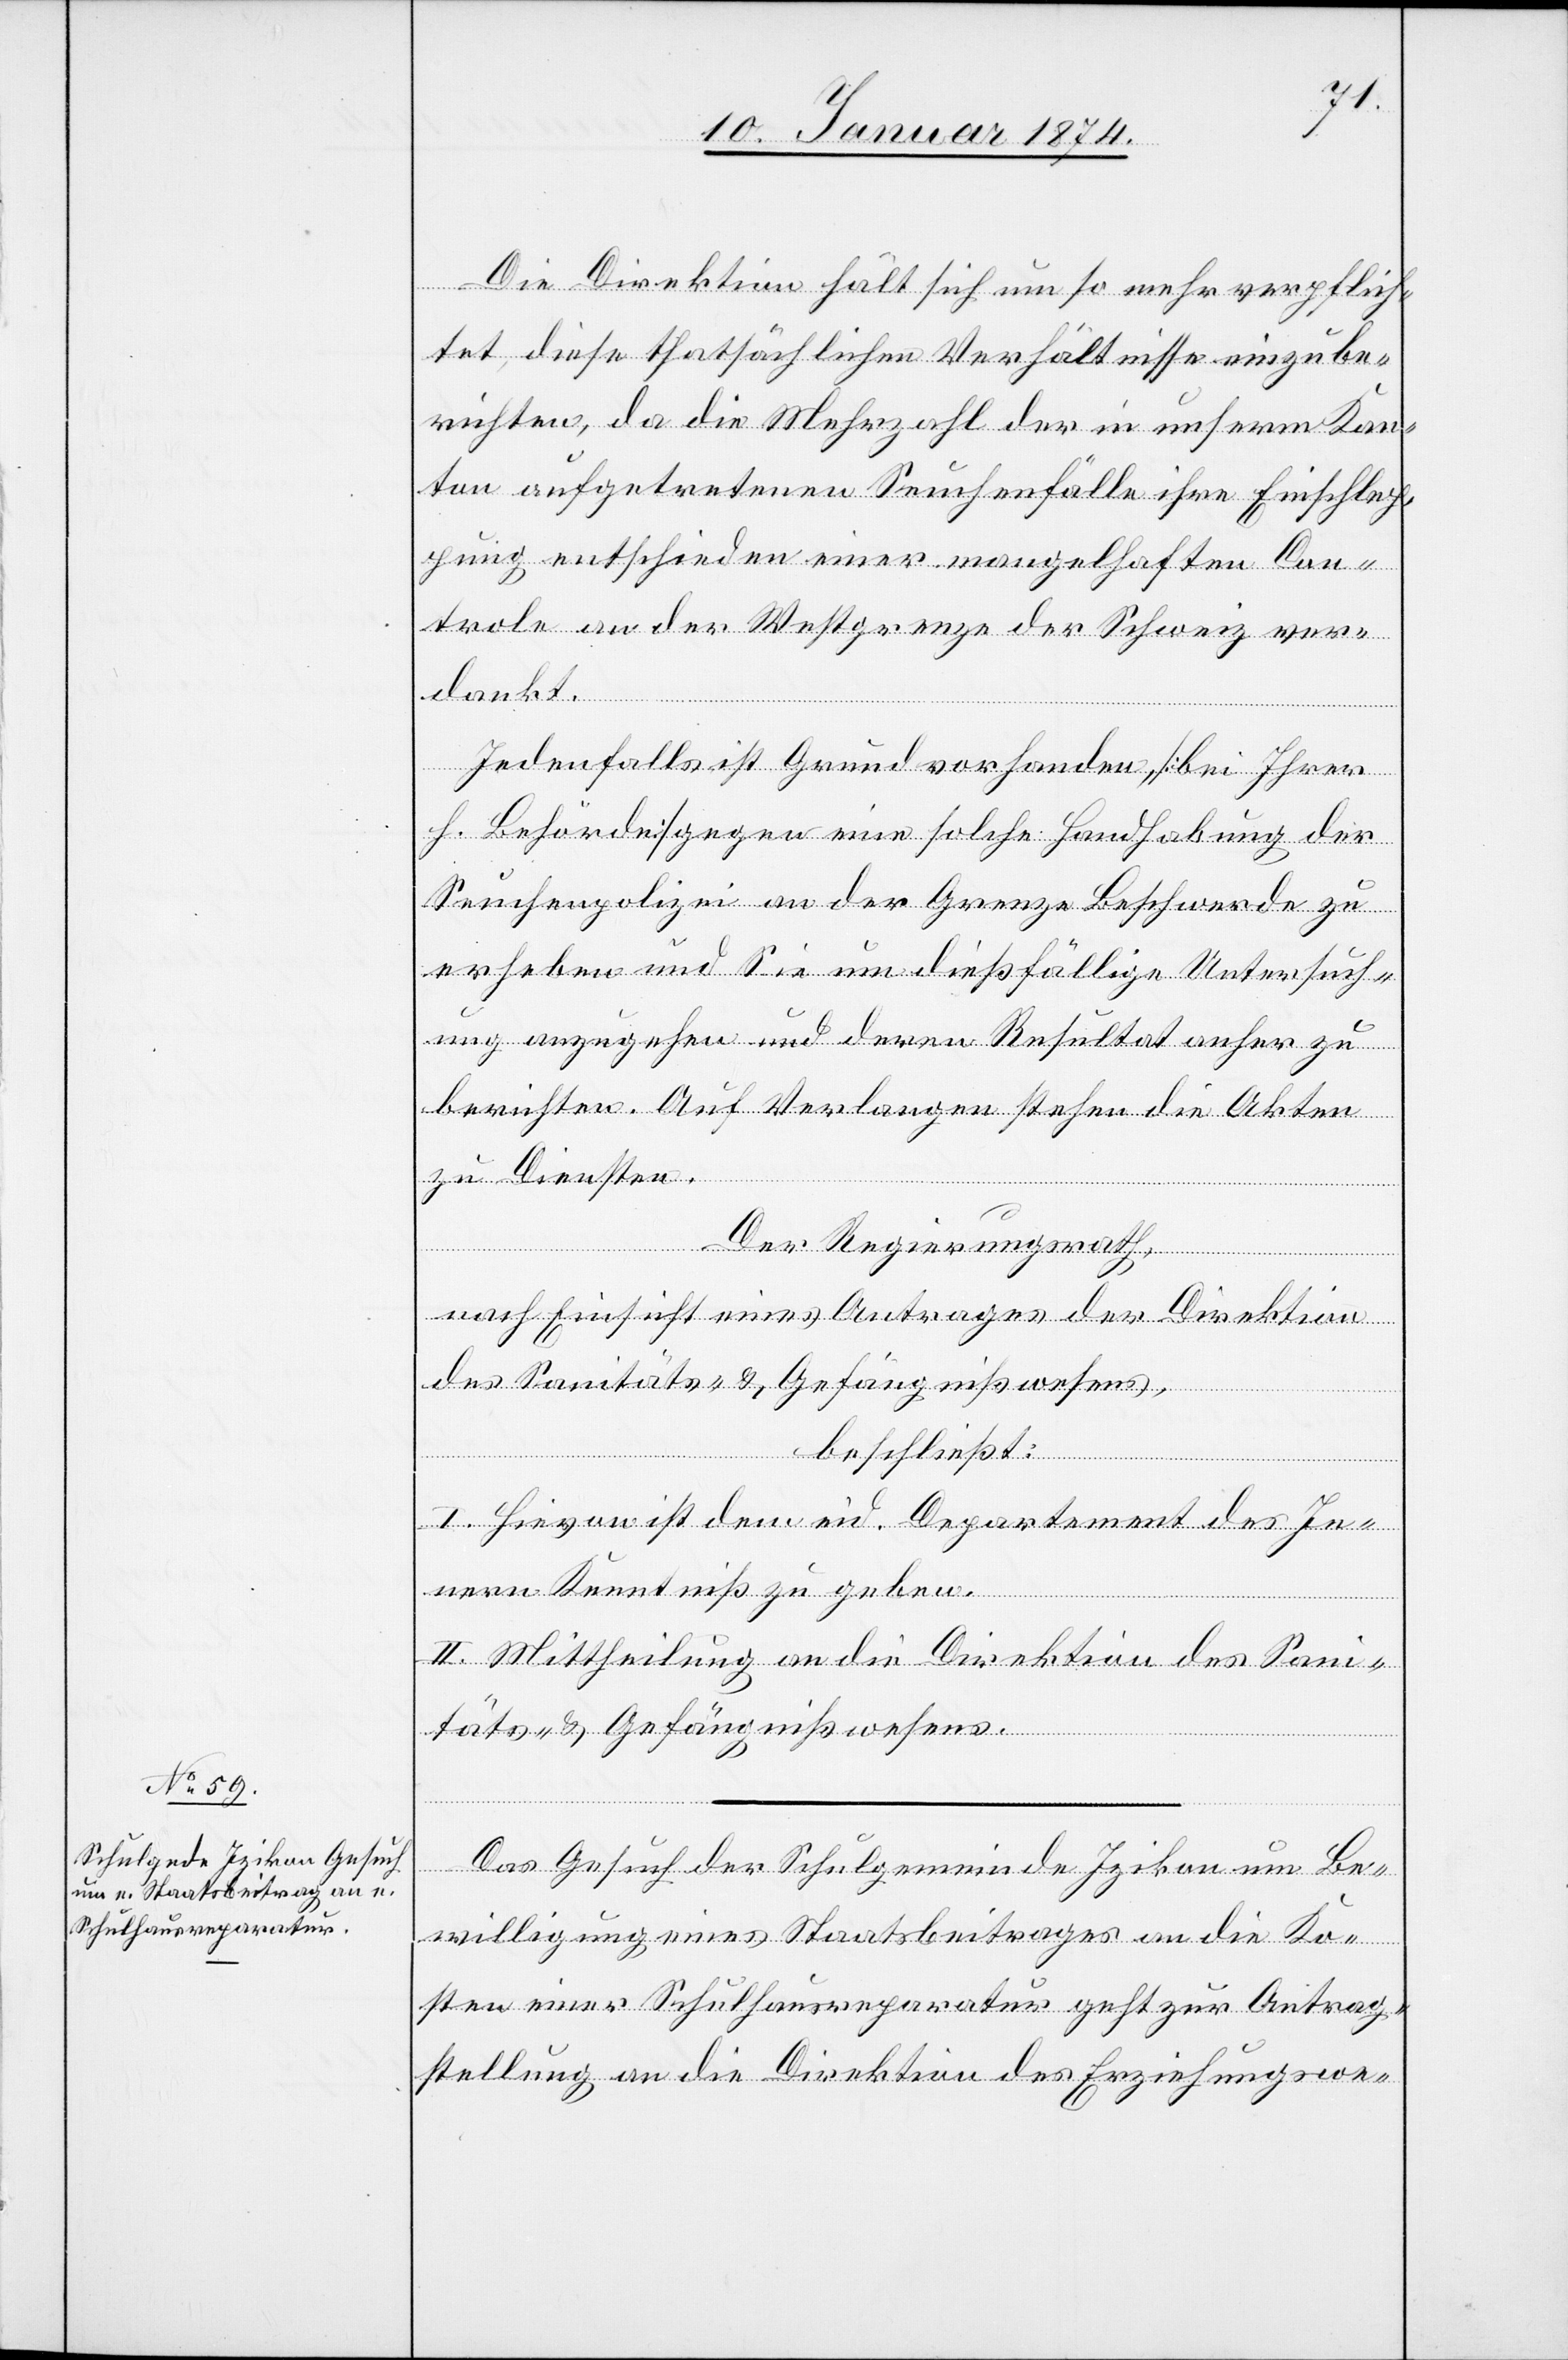
15. Januar 1874.]
Die Direktion hält sich umso mehr verpflich¬
tet, diese thatsächlichen Verhältnisse einzube¬
richten, da die Mehrzahl der in unserm Kan¬
ton aufgetretenen Seuchenfälle ihre Einschlag¬
ung entschieden einer mangelhaften Con¬
trole an der Westgrenze der Schweiz ver¬
dankt.
Jedenfalls ist Grund vorhanden, [bei Ihrer
h. Behörde] gegen eine solche Handhabung der
Seuchenpolizei an der Grenze Beschwerde zu
erheben und Sie um dießfällige Untersuch¬
ung anzugehen und deren Resultat anher zu
berichten. Auf Verlangen stehen die Akten
zu Diensten.
Der Regierungsrath,
nach Einsicht eines Antrages der Direktion
des Sanitäts- & Gefängnißwesens,
beschließt:
I. Hievon ist dem eid. Departement des In¬
nern Kenntniß zu geben.
II. Mittheilung an die Direktion des Sani¬
täts- & Gefängnißwesens.
Das Gesuch der Schulgemeinde Izikon um Be¬
willigung eines Staatsbeitrages an die Ko¬
sten einer Schulhausreparatur geht zur Antrag¬
stellung an die Direktion des Erziehungswe-